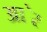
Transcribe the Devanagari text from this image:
आ॓र